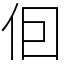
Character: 𪜭